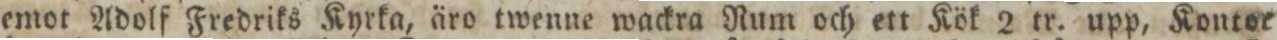
emot Adolf Fredriks Kyrka, äro twenne wackra Rum och ett Kök 2 tr. upp, Kontor